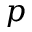
p